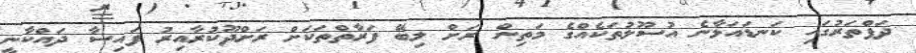
ދަފްތަރުގައި ކަނޑައަޅާނެ އުސޫލުތަކެއްގެ މަތިން ރަށް ލިބޭ ފަރާތްތަކަށް ރަށްދޫކުރާއިރު ފައިސާ ދައްކާނީ